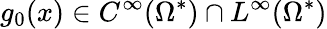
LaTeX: g_{0}(x)\in C^{\infty}(\Omega^{*})\cap L^{\infty}(\Omega^{*})